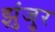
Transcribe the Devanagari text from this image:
झुंजुर